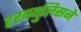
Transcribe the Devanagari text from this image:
हरक्युलिसने